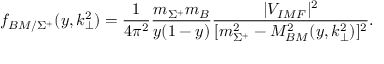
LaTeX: f _ { B M / \Sigma ^ { + } } ( y , k _ { \perp } ^ { 2 } ) = \frac { 1 } { 4 \pi ^ { 2 } } \frac { m _ { \Sigma ^ { + } } m _ { B } } { y ( 1 - y ) } \frac { \vert V _ { I M F } \vert ^ { 2 } } { [ m _ { \Sigma ^ { + } } ^ { 2 } - M _ { B M } ^ { 2 } ( y , k _ { \perp } ^ { 2 } ) ] ^ { 2 } } .